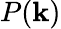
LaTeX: P(\mathbf{k})